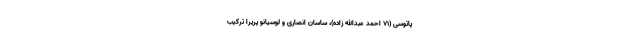
پاتوسی (۷۱ احمد عبدالله زاده)، ساسان انصاری و لوسیانو پریرا ترکیب